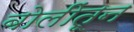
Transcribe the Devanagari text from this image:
बोलींतून